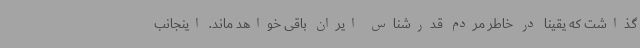
گذاشت که یقیناً در خاطر مردم قدرشناس ایران باقی خواهد ماند. اینجانب